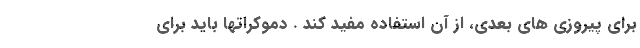
برای پیروزی های بعدی، از آن استفاده مفید کند . دموکراتها باید برای